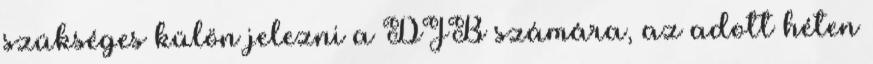
szükséges külön jelezni a DJB számára, az adott héten